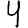
Digit: 4